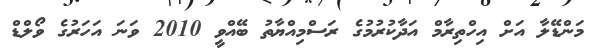
މަންޑޭލާ އަށް އިހްތިރާމް އަދާކުރުމުގެ ރަސްމިއްޔާތު ބޭއްވީ 2010 ވަނަ އަހަރުގެ ވޯލްޑް